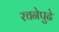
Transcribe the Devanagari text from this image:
रचनेपुढे